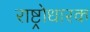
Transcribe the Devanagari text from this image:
राष्ट्रोधारक